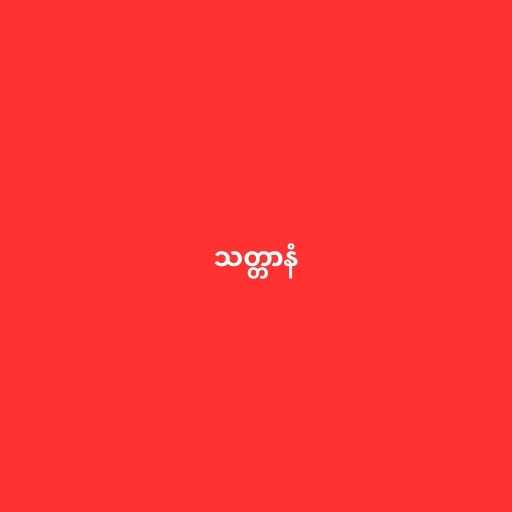
သတ္တာနံ